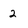
Character: 2